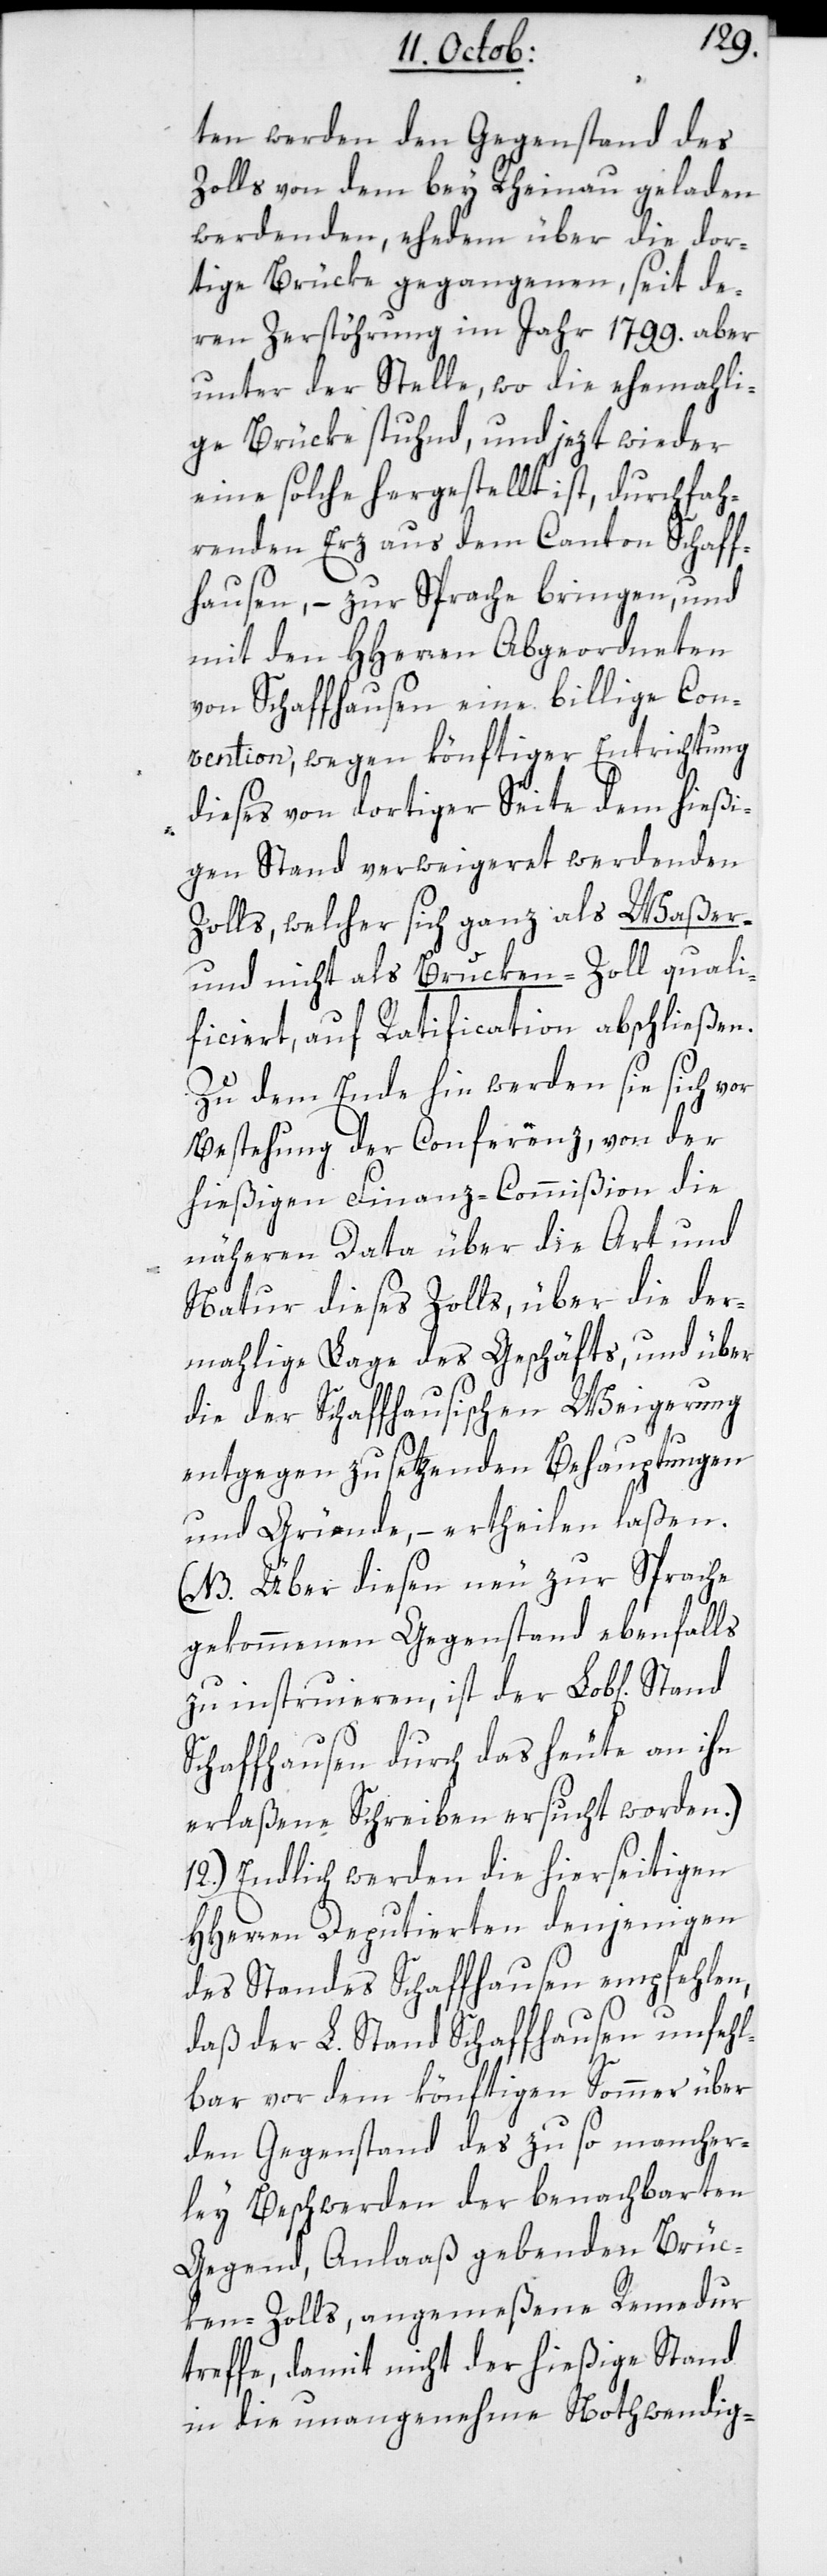
ten werden den Gegenstand des
Zolls von dem bey Rheinau geladen
werdenden, ehedem über die dor¬
tige Brücke gegangenen, seit de¬
ren Zerstörung im Jahr 1799. aber
unter der Stelle, wo die ehemali¬
ge Brücke stund, und jezt wieder
eine solche hergestellt ist, durchfah¬
renden Erz aus dem Canton Schaff¬
hausen, – zur Sprache bringen, und
mit den HHerren Abgeordneten
von Schaffhausen eine billige Con¬
vention, wegen könftiger Entrichtung
dieses von dortiger Seite dem hießi¬
gen Stand verweigeret werdenden
Zolls, welcher sich ganz als Waßer-
und nicht als Brücken-Zoll quali¬
ficiert, auf Ratification abschließen.
Zu dem Ende hin werden sie sich vor
Bestehung der Conferenz, von der
hießigen Finanz-Commißion die
näheren Data über die Art und
Natur dieses Zolls, über die der¬
mahlige Lage des Geschäfts, und über
die der Schaffhausischen Weigerung
entgegen zu setzenden Behauptungen
und Gründe, – ertheilen laßen.
(NB. Über diesen neu zur Sprache
gekommenen Gegenstand ebenfalls
zu instruieren, ist der Lobl[iche]
Schaffhausen durch das heute an ihn
erlaßene Schreiben ersucht worden.)
12.) Endlich werden die hierseitigen
HHerren Deputierten denjenigen
des Standes Schaffhausen empfehlen,
daß der L. Stand Schaffhausen unfehl¬
bar vor dem könftigen Sommer über
den Gegenstand des zu so mancher¬
ley Beschwerden der benachbarten
Gegend, Anlaß gebenden Brüc¬
ken-Zolls, angemeßene Remedur
treffe, damit nicht der hießige Stand
in die unangenehme Nothwendig-